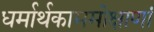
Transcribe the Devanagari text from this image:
धर्मार्थकाममोक्षाणां